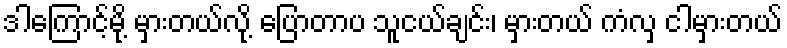
ဒါကြောင့်မို့ မှားတယ်လို့ ပြောတာပ သူငယ်ချင်း၊ မှားတယ် ကံလှ ငါမှားတယ်